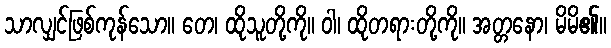
သာလျှင်ဖြစ်ကုန်သော။ တေ၊ ထိုသူတို့ကို။ ဝါ၊ ထိုတရားတို့ကို။ အတ္တနော၊ မိမိ၏။